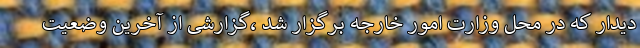
دیدار که در محل وزارت امور خارجه برگزار شد ،گزارشی از آخرین وضعیت